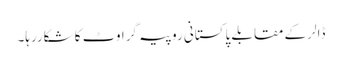
ڈالر کے مقابلے پاکستانی روپیہ گراوٹ کا شکاررہا۔